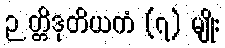
ဉတ္တိဒုတိယကံ (၇) မျိုး